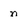
Character: n